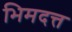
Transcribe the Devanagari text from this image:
भिमदत्त